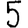
Digit: 5